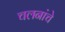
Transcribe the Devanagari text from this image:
चलनांचे